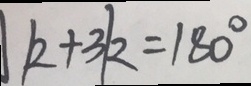
k + 3 k = 1 8 0 ^ { \circ }